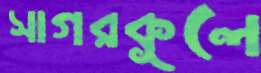
সাগরকূলে